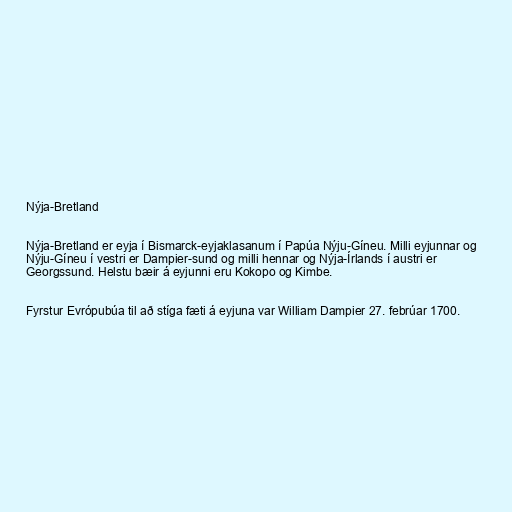
Nýja-Bretland

Nýja-Bretland er eyja í Bismarck-eyjaklasanum í Papúa Nýju-Gíneu. Milli eyjunnar og
Nýju-Gíneu í vestri er Dampier-sund og milli hennar og Nýja-Írlands í austri er
Georgssund. Helstu bæir á eyjunni eru Kokopo og Kimbe.

Fyrstur Evrópubúa til að stíga fæti á eyjuna var William Dampier 27. febrúar 1700.